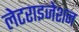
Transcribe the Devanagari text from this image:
लेटराइजेशन